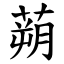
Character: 蒴